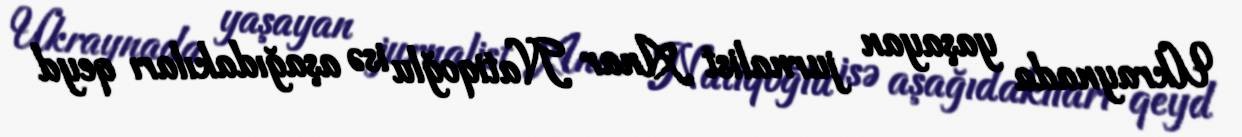
Ukraynada yaşayan jurnalist Anar Natiqoğlu isə aşağıdakıları qeyd